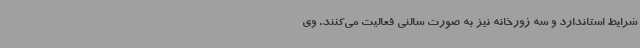
شرایط استاندارد و سه زورخانه نیز به صورت سالنی فعالیت می‌کنند. وی